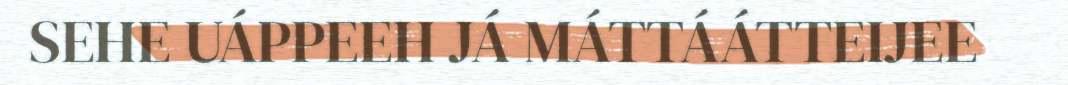
SEHE UÁPPEEH JÁ MÁTTÁÁTTEIJEE